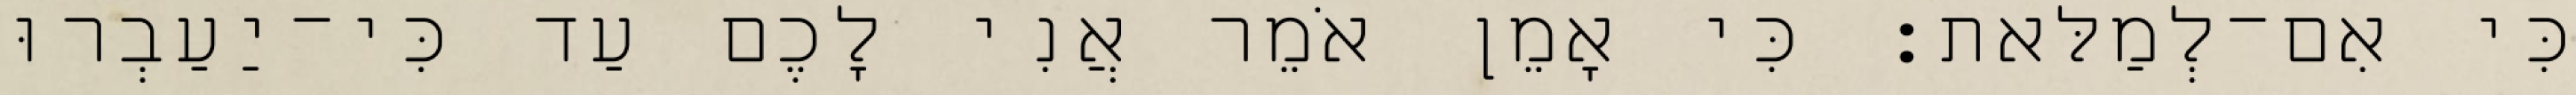
כִּי אִם־לְמַלּאת׃ כִּי אָמֵן אֹמֵר אֲנִי לָכֶם עַד כִּי־יַעַבְרוּ